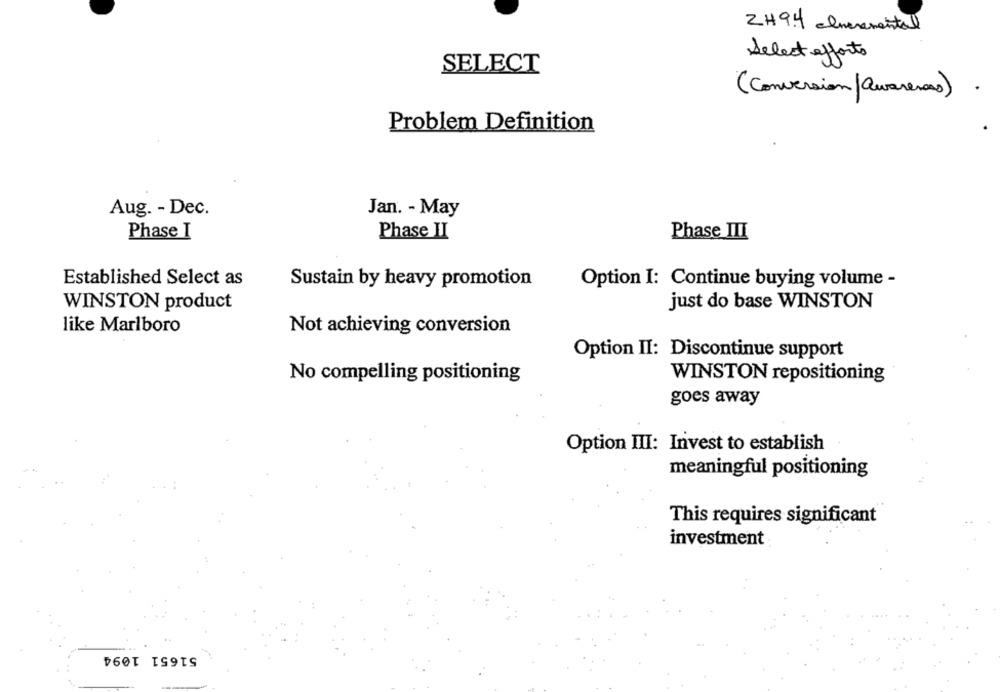
ZH94 Incremental
Select efforts
SELECT
(Conversion /awareness)
Problem Definition
Aug. - Dec.
Jan. - May
Phase I
Phase II
Phase III
Established Select as
Sustain by heavy promotion
Option I: Continue buying volume -
just do base WINSTON
WINSTON product
like Marlboro
Not achieving conversion
Option II: Discontinue support
No compelling positioning
WINSTON repositioning
goes away
Option III: Invest to establish
meaningful positioning
This requires significant
investment
51651 1094